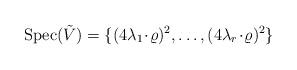
LaTeX: \begin{align*}\mbox{Spec}(\tilde{V})=\{(4\lambda_1\!\cdot\!\varrho)^2,\ldots,(4\lambda_r\!\cdot\!\varrho)^2\}\end{align*}